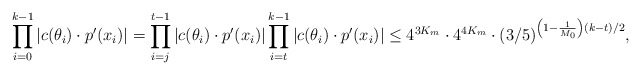
\begin{align*}\prod \limits_{i = 0}^{k-1} |c(\theta_i) \cdot p'(x_i)| = \prod \limits_{i = j}^{t-1} |c(\theta_i) \cdot p'(x_i)| \prod \limits_{i = t}^{k-1} |c(\theta_i) \cdot p'(x_i)| \leq 4^{3K_m} \cdot 4^{4K_m} \cdot (3/5)^{\left(1 - \frac1{M_0} \right)(k-t)/2},\end{align*}